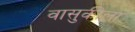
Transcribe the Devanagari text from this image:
वासुकीला